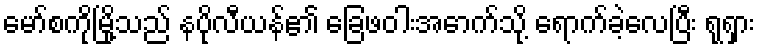
မော်စကိုမြို့သည် နပိုလီယန်၏ ခြေဖဝါးအောက်သို့ ရောက်ခဲ့လေပြီး ရုရှား